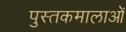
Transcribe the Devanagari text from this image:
पुस्तकमालाओं